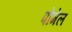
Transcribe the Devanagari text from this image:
पोमेल